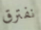
نفترق